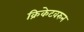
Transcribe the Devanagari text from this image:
क्रिकेटवरुन